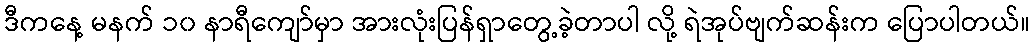
ဒီကနေ့ မနက် ၁၀ နာရီကျော်မှာ အားလုံးပြန်ရှာတွေ့ခဲ့တာပါ လို့ ရဲအုပ်ဗျက်ဆန်းက ပြောပါတယ်။